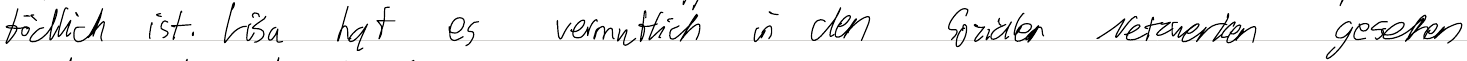
tödlich ist. Lisa hat es vermutlich in den Sozialen Netzwerken gesehen